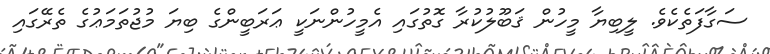
ސަގާފަތެކެވެ. ލީބިޔާ މީހުން ޤަބޫލުކުރާ ގޮތުގައި އެމީހުންނަކީ ޢަރަބީންގެ ބިޔަ މުޖުތަމަޢުގެ ތެރޭގައި